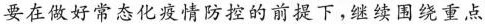
要在做好常态化疫情防控的前提下，继续围绕重点